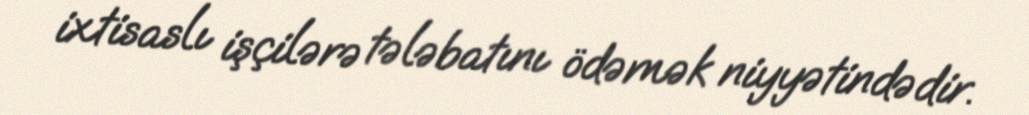
ixtisaslı işçilərə tələbatını ödəmək niyyətindədir.